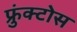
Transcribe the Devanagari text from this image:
फ्रुंक्टोस